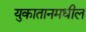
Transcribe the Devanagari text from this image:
युकातानमधील